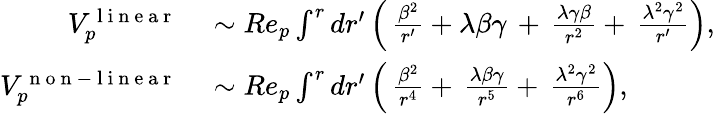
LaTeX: \begin{array}{rl}{V_{p}^{\mathrm{~l~i~n~e~a~r~}}}&{{}\sim Re_{p}\int^{r}dr^{\prime}\left(\, \frac{\beta^{2}}{r^{\prime}}+\lambda\beta\gamma\, +\, \frac{\lambda\gamma\beta}{r^{2}}+\, \frac{\lambda^{2}\gamma^{2}}{r^{\prime}}\right),}\\ {V_{p}^{\mathrm{~n~o~n~-~l~i~n~e~a~r~}}}&{{}\sim Re_{p}\int^{r}dr^{\prime}\left(\, \frac{\beta^{2}}{r^{4}}+\, \frac{\lambda\beta\gamma}{r^{5}}+\, \frac{\lambda^{2}\gamma^{2}}{r^{6}}\right),}\end{array}